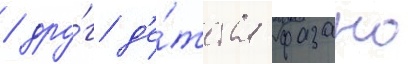
/ дру́г д'е́тства фазано